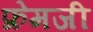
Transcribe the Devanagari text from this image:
फ्रेमजी